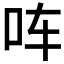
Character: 𪠳